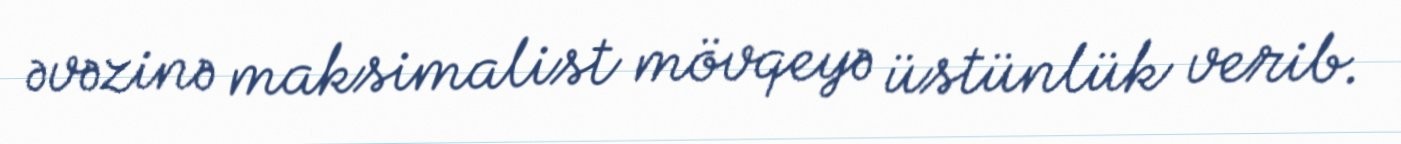
əvəzinə maksimalist mövqeyə üstünlük verib.